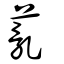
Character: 薍